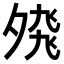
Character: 𭐸